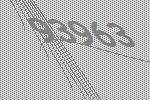
93963